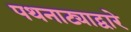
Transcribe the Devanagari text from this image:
पथनाट्याद्वारे